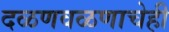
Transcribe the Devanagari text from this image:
दळणवळणाचेही